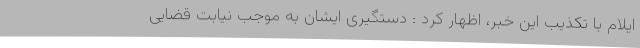
ایلام با تکذیب این خبر، اظهار کرد : دستگیری ایشان به موجب نیابت قضایی